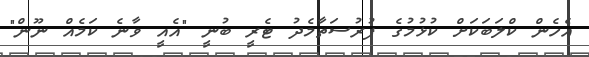
އެހެން ކްލަބަކަށް ކުޅުމުގެ ފުރުސަތާމެދު ޓެރީ ބުނީ "އެއީ ވާނެ ކަމެއް ނޫން"